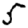
Digit: 5